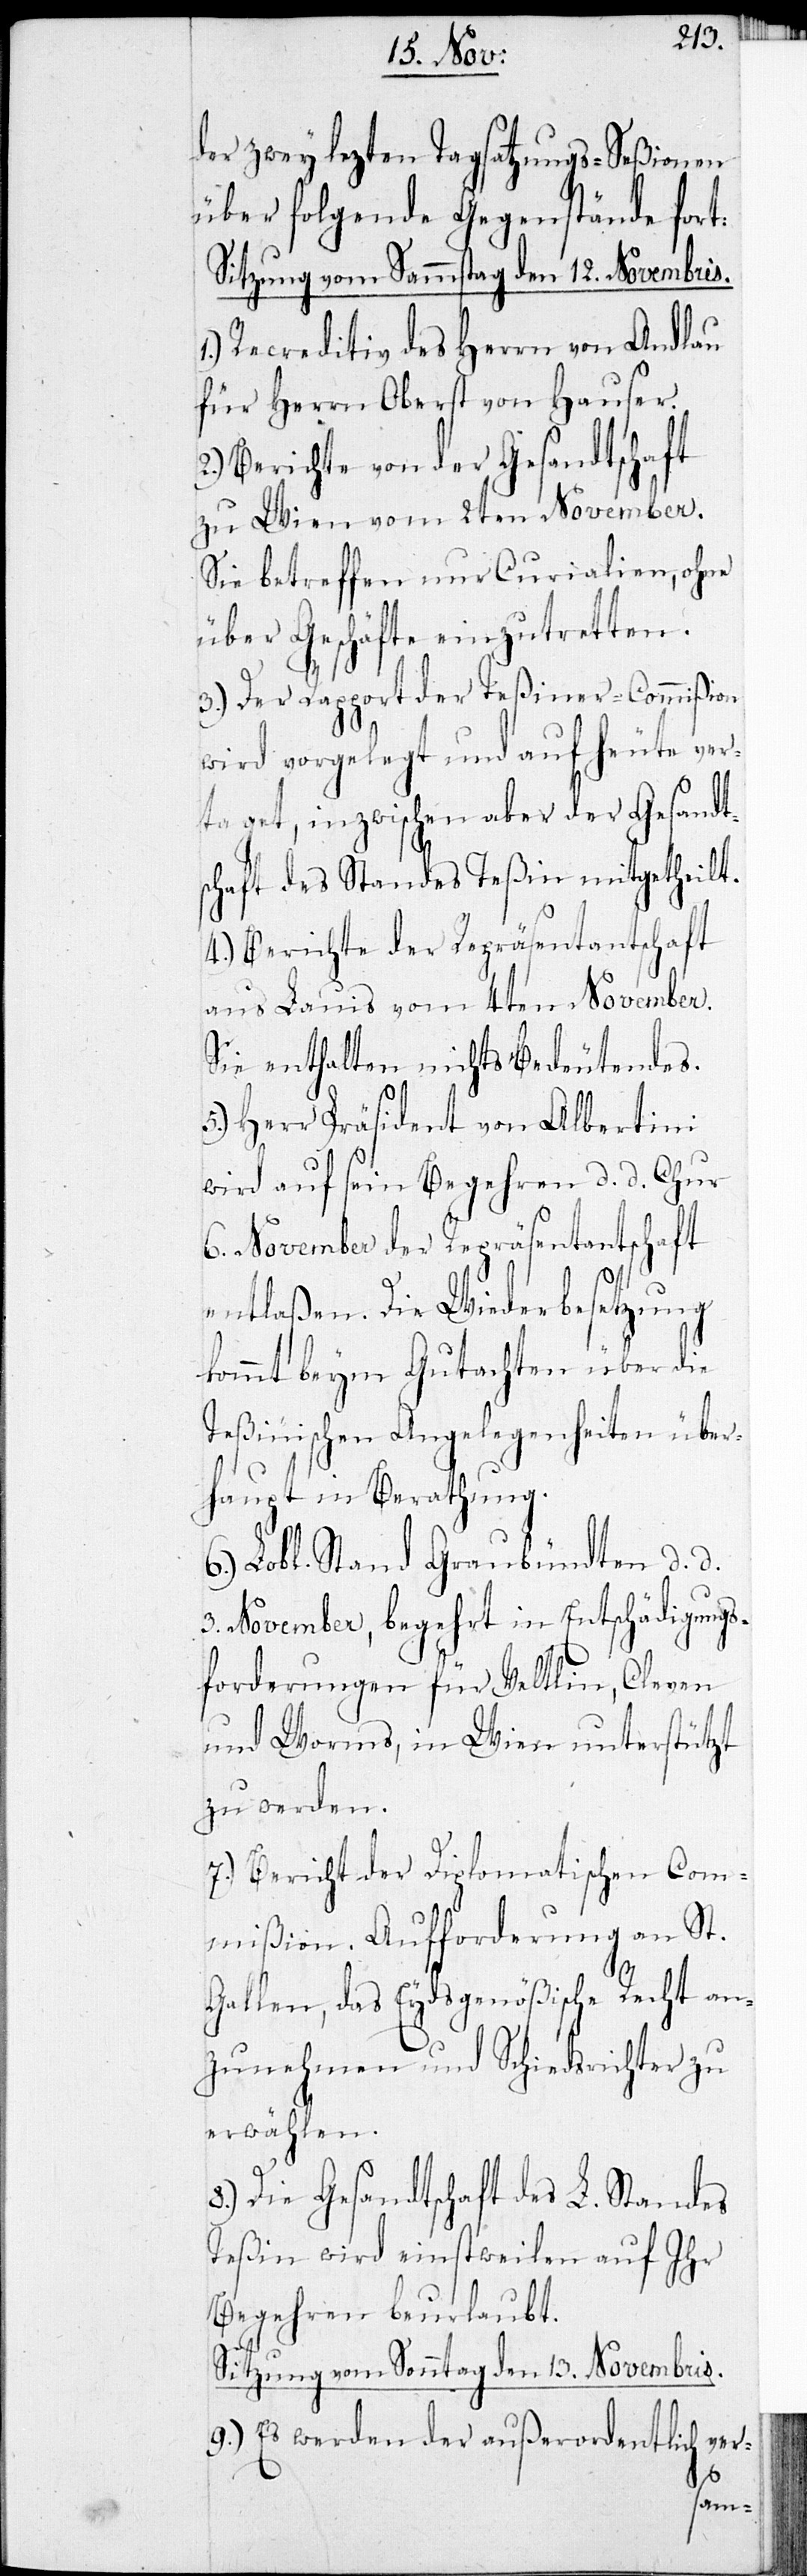
der zwey lezten Tagsatzungs-Seßionen
über folgende Gegenstände fort:
Sitzung vom Samstag den 12. Novembris.
Recreditiv des Herrn von Andlau
für Herrn Oberst von Hauser.
2.) Berichte von der Gesandtschaft
zu Wien vom 2ten November.
Sie betreffen nur Curialien, ohne
über Geschäfte einzutretten.
3.) Der Rapport der Teßiner-Commißion
wird vorgelegt und auf heute ver¬
taget, inzwischen aber der Gesandt¬
schaft des Standes Teßin mitgetheilt.
4.) Berichte der Repräsentantschaft
aus Lauis vom 4ten November.
Sie enthalten nichts Bedeutendes.
5.) Herr Präsident von Albertini
wird auf sein Begehren d. d. Chur
6. November der Repräsentantschaft
entlaßen. Die Wiederbesetzung
kommt beym Gutachten über die
Teßinischen Angelegenheiten über¬
haupt in Berathung.
Lobl. Stand Graubündten d. d.
3. November, begehrt in Entschädigungs¬
forderungen für Veltlin, Cleven
und Worms, in Wien unterstützt
zu werden.
7.) Bericht der Diplomatischen Com¬
mißion. Aufforderung an St.
Gallen, das Eydsgenößische Recht an¬
zunehmen und Schiedsrichter zu
erwählen.
8.) Die Gesandtschaft des L. Standes
Teßin wird einstweilen auf ihr
Begehren beurlaubt.
Sitzung vom Sonntag den 13. Novembris
9.) Es werden der außerordentlich ver-